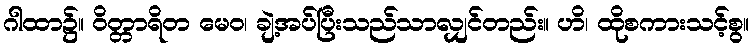
ဂါထာ၌။ ဝိတ္တာရိတ မေဝ၊ ချဲ့အပ်ပြီးသည်သာလျှင်တည်း။ ဟိ၊ ထိုစကားသင့်စွ။